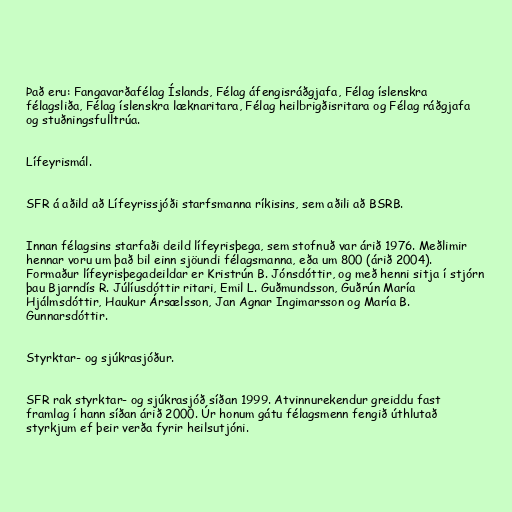
Það eru: Fangavarðafélag Íslands, Félag áfengisráðgjafa, Félag íslenskra
félagsliða, Félag íslenskra læknaritara, Félag heilbrigðisritara og Félag ráðgjafa
og stuðningsfulltrúa.

Lífeyrismál.

SFR á aðild að Lífeyrissjóði starfsmanna ríkisins, sem aðili að BSRB.

Innan félagsins starfaði deild lífeyrisþega, sem stofnuð var árið 1976. Meðlimir
hennar voru um það bil einn sjöundi félagsmanna, eða um 800 (árið 2004).
Formaður lífeyrisþegadeildar er Kristrún B. Jónsdóttir, og með henni sitja í stjórn
þau Bjarndís R. Júlíusdóttir ritari, Emil L. Guðmundsson, Guðrún María
Hjálmsdóttir, Haukur Ársælsson, Jan Agnar Ingimarsson og María B.
Gunnarsdóttir.

Styrktar- og sjúkrasjóður.

SFR rak styrktar- og sjúkrasjóð síðan 1999. Atvinnurekendur greiddu fast
framlag í hann síðan árið 2000. Úr honum gátu félagsmenn fengið úthlutað
styrkjum ef þeir verða fyrir heilsutjóni.